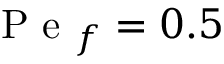
\mathrm { ~ P ~ e ~ } _ { f } = 0 . 5